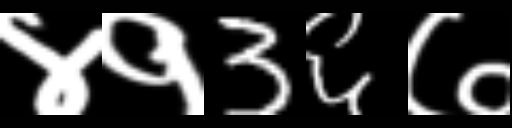
Text: ४१3६७